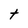
Character: t